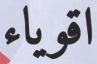
اقوياء